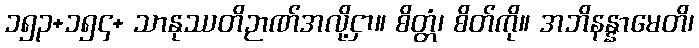
၁၅၃+၁၅၄+ သာနုဿတိဉာဏ်အလို့ငှာ။ စိတ္တံ၊ စိတ်ကို။ အဘိနန္နာမေတိ၊